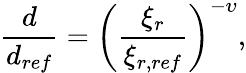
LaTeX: \frac{d}{d_{ref}}=\left({\frac{\xi_{r}}{\xi_{r,ref}}}\right)^{-\upsilon},